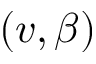
( v , \beta )